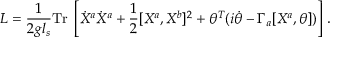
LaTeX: { \cal L } = \frac { 1 } { 2 g l _ { s } } \mathrm { T r } \; \left[ \dot { X } ^ { a } \dot { X } ^ { a } + \frac { 1 } { 2 } [ X ^ { a } , X ^ { b } ] ^ { 2 } + \theta ^ { T } ( i \dot { \theta } - \Gamma _ { a } [ X ^ { a } , \theta ] ) \right] \, .